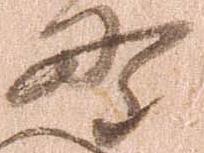
野